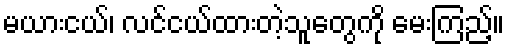
မယားငယ်၊ လင်ငယ်ထားတဲ့သူတွေကို မေးကြည့်။